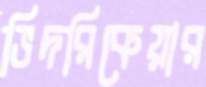
ভিদরিকেয়ার